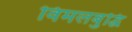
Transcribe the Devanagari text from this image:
विमलबुद्धि